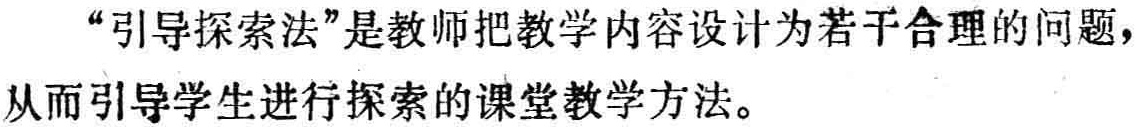
“引导探索法”是教师把教学内容设计为若干合理的问题，从而引导学生进行探索的课堂教学方法。